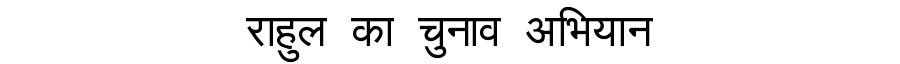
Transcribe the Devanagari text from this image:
राहुल का चुनाव अभियान